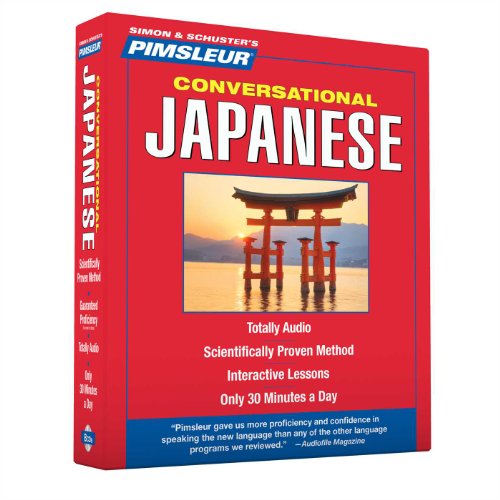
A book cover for Pimsleur Japanese Conversational Course - Level 1 Lessons 1-16 CD: Learn to Speak and Understand Japanese with Pimsleur Language Programs; Pimsleur; Reference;